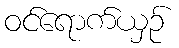
ဝင်ရောက်ယှဉ်